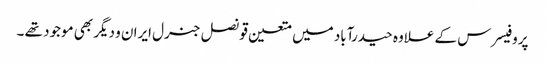
پروفیسرس کے علاوہ حیدرآباد میں متعین قونصل جنرل ایران و دیگر بھی موجود تھے ۔